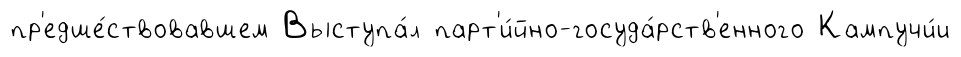
пр'едше́ствовавшем Выступа́л парт'и́йно-госуда́рств'енного Кампучи́и